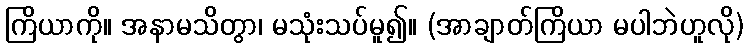
ကြိယာကို။ အနာမသိတွာ၊ မသုံးသပ်မူ၍။ (အာချာတ်ကြိယာ မပါဘဲဟူလို)